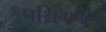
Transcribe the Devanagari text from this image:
पश्चिमकडे